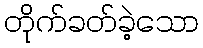
တိုက်ခတ်ခဲ့သော